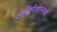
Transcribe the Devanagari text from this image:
शांतिनिकेतनाची